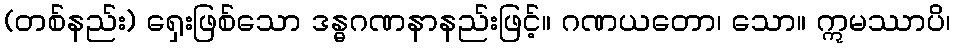
(တစ်နည်း) ရှေးဖြစ်သော ဒန္ဓဂဏနာနည်းဖြင့်။ ဂဏယတော၊ သော။ ဣမဿာပိ၊